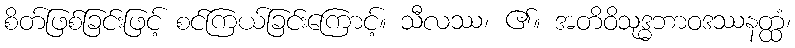
စိတ်ဖြစ်ခြင်းဖြင့် စင်ကြယ်ခြင်းကြောင့်။ သီလဿ၊ ၏။ အတိဝိသုဒ္ဓဘာဝဒဿနတ္ထံ၊